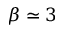
\beta \simeq 3